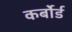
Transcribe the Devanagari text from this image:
कर्बोर्ड